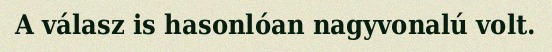
A válasz is hasonlóan nagyvonalú volt.